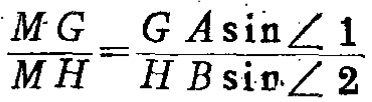
\(\frac{MG}{MH}=\frac{GA\sin\angle 1}{HB\sin\angle 2}\)